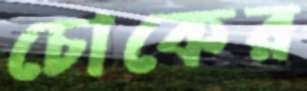
চোকের